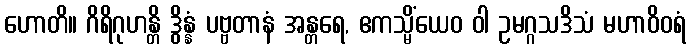
ဟောတိ။ ဂိရိဂုဟန္တိ ဒွိန္နံ ပဗ္ဗတာနံ အန္တရေ, ဧကသ္မိံယေဝ ဝါ ဥမဂ္ဂသဒိသံ မဟာဝိဝရံ